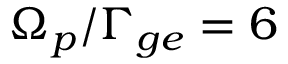
\Omega _ { p } / \Gamma _ { g e } = 6